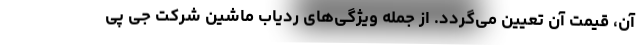
آن، قیمت آن تعیین می‌گردد. از جمله ویژگی‌های ردیاب ماشین شرکت جی پی